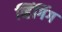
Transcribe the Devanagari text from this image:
व्हिंगिंग